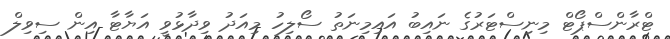
ޓްރާންސްޕޯޓް މިނިސްޓަރުގެ ނައިބު އައިމިނަތު ސޯލިހު މިއަދު ވިދާޅުވީ އަޔާޓާ އިން ސިވިލް